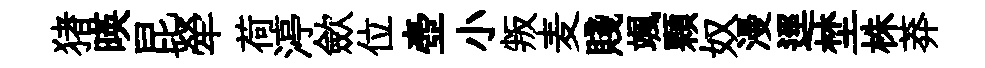
猪暎昆犖荷渟歛位壺小叛麦賤颯顆奴漫逕埜株莽